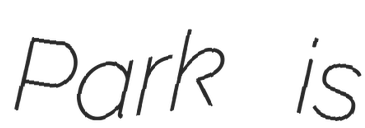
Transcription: Park is